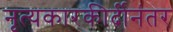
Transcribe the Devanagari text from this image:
नृत्यकारकीर्दीनंतर